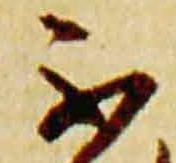
不